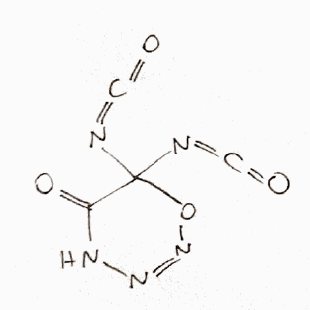
Simplified molecular-input line-entry system (SMILES) notation of the given molecule:
C(=NC1(C(=O)NN=NO1)N=C=O)=O